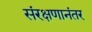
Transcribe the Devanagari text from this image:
संरक्षणानंतर